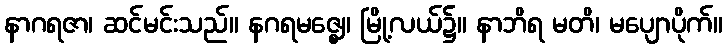
နာဂရဇာ၊ ဆင်မင်းသည်။ နဂရမဇ္ဈေ၊ မြို့လယ်၌။ နာဘိရ မတိ၊ မပျောပိုက်။